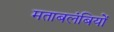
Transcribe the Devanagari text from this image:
मताबलंबियों